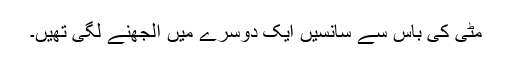
مٹی کی باس سے سانسیں ایک دوسرے میں الجھنے لگی تھیں۔